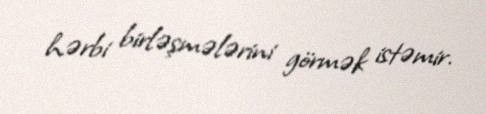
hərbi birləşmələrini görmək istəmir.